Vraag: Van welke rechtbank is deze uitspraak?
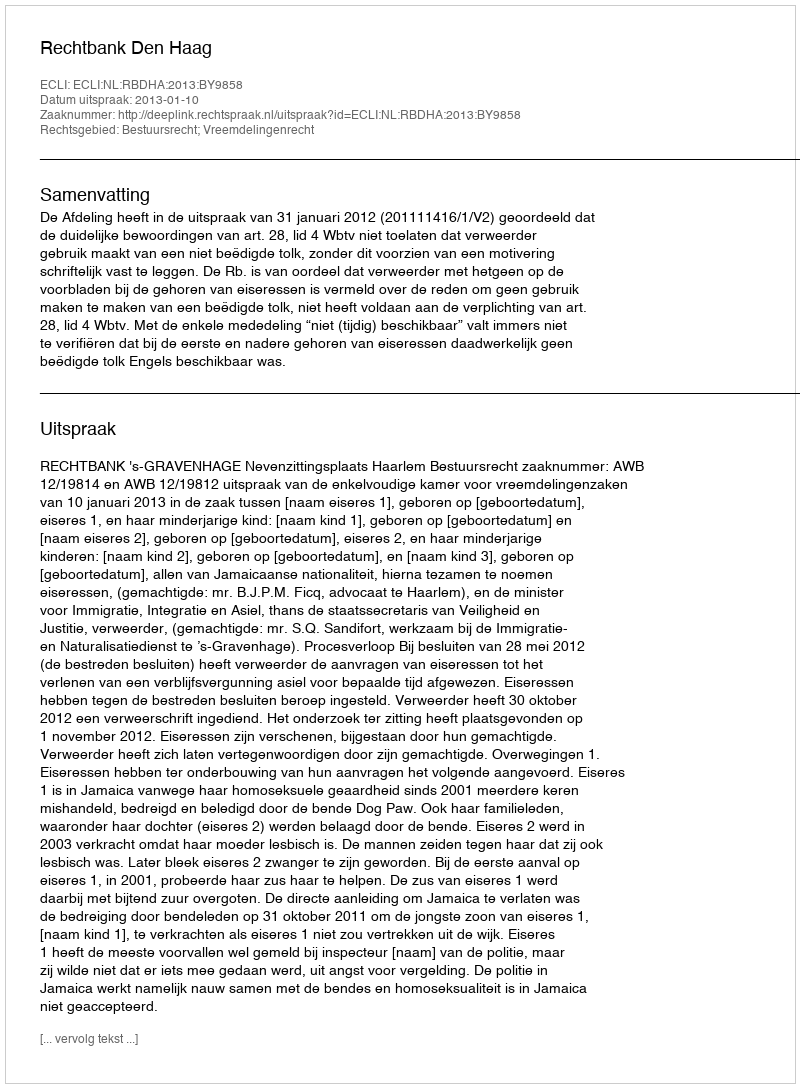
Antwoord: Rechtbank Den Haag